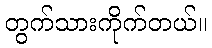
တွက်သားကိုက်တယ်။